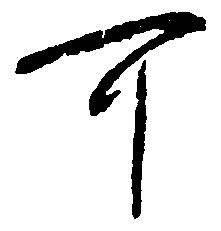
可